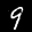
Label: 9